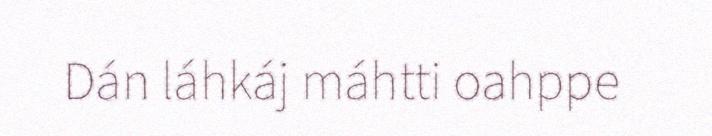
Dán láhkáj máhtti oahppe